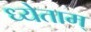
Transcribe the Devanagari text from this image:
ध्येताम्